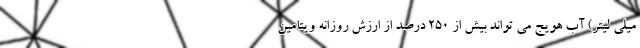
میلی لیتر) آب هویج می تواند بیش از 250 درصد از ارزش روزانه ویتامین